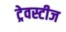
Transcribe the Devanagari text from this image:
ट्रेवस्टीज